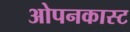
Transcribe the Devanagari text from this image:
ओपनकास्ट